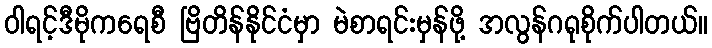
ဝါရင့်ဒီမိုကရေစီ ဗြိတိန်နိုင်ငံမှာ မဲစာရင်းမှန်ဖို့ အလွန်ဂရုစိုက်ပါတယ်။